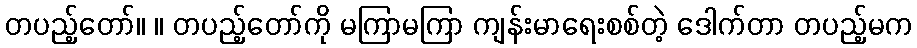
တပည့်တော်။ ။ တပည့်တော်ကို မကြာမကြာ ကျန်းမာရေးစစ်တဲ့ ဒေါက်တာ တပည့်မက